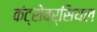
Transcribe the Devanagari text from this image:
कंट्रोवर्सियल